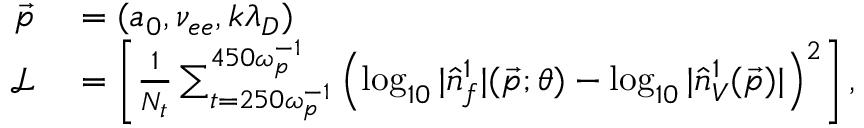
\begin{array} { r l } { \vec { p } } & { { } = ( a _ { 0 } , \nu _ { e e } , k \lambda _ { D } ) } \\ { \mathcal { L } } & { { } = \left[ \frac { 1 } { N _ { t } } \sum _ { t = 2 5 0 \omega _ { p } ^ { - 1 } } ^ { 4 5 0 \omega _ { p } ^ { - 1 } } \left( \log _ { 1 0 } | \hat { n } _ { f } ^ { 1 } | ( \vec { p } ; \theta ) - \log _ { 1 0 } | \hat { n } _ { V } ^ { 1 } ( \vec { p } ) | \right) ^ { 2 } \right] , } \end{array}